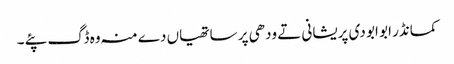
کمانڈر ابو ابو دی پریشانی تے ودھی پر ساتھیاں دے منہ وہ ڈگ پئے ۔